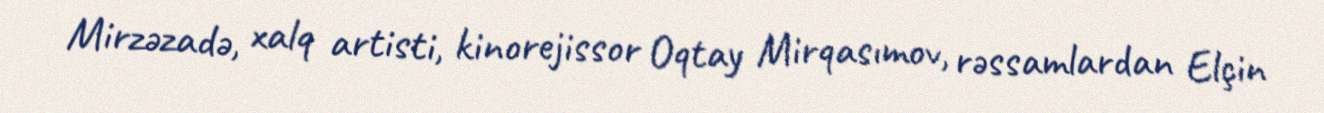
Mirzəzadə, xalq artisti, kinorejissor Oqtay Mirqasımov, rəssamlardan Elçin